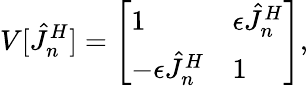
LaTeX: V[\hat{J}_{n}^{H}]=\left[\begin{array}{ll}{1}&{\epsilon\hat{J}_{n}^{H}}\\ {-\epsilon\hat{J}_{n}^{H}}&{1}\end{array}\right],